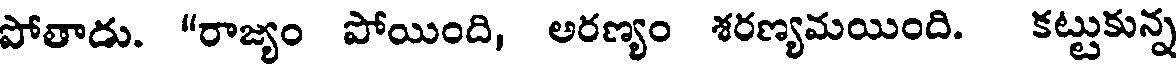
పోతాడు. "రాజ్యం పోయింది, అరణ్యం శరణ్యమయింది. కట్టుకున్న